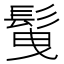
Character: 𩬲